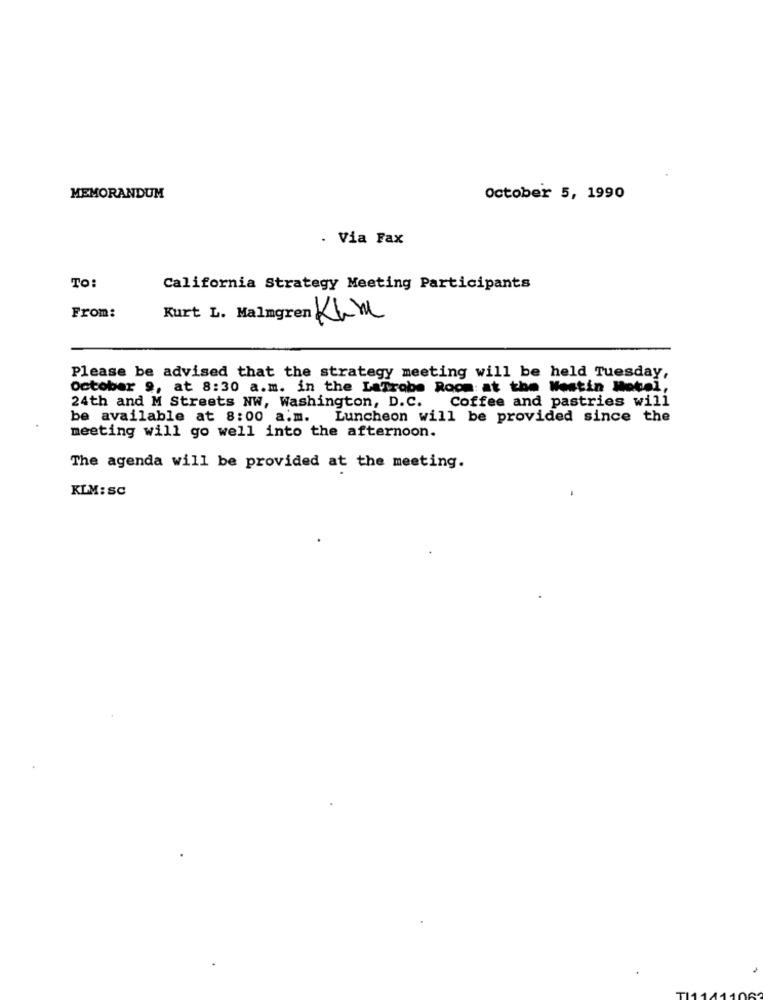
MEMORANDUM
October 5, 1990
. Via Fax
TO:
California Strategy Meeting Participants
From:
Klm
Kurt L .
Please be advised that the strategy meeting will be held Tuesday,
October 9, at 8:30 a.m. in the LaTrobe Room: at the Westin Motel,
Coffee and pastries will
24th and M Streets NW, Washington, D.C.
be available at 8:00 a.m. Luncheon will be provided since the
meeting will go well into the afternoon.
The agenda will be provided at the meeting.
KLM: SC